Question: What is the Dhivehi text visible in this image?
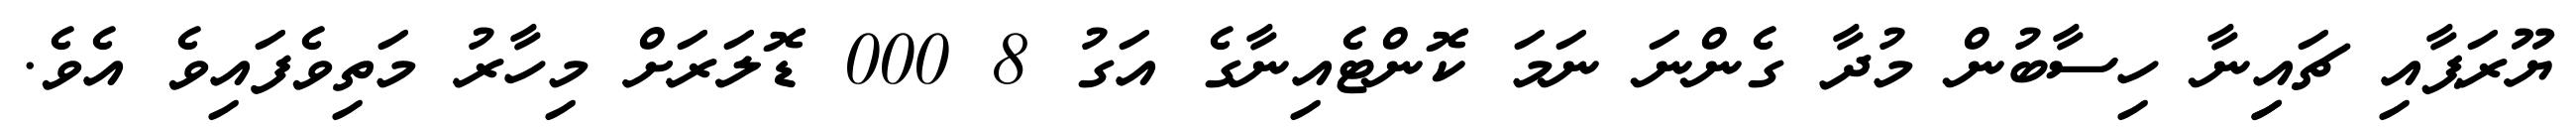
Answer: ޔޫރަޕާއި ޗައިިނާ ހިސާބުން މުދާ ގެންނަ ނަމަ ކޮންޓެއިނާގެ އަގު 8 000 ޑޮލަރަށް މިހާރު މަތިވެފައިވެ އެވެ.